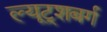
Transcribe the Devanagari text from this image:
ल्यूट्शबर्ग